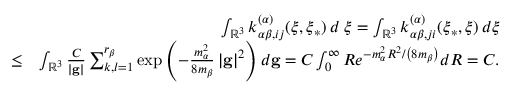
\begin{array} { r l r } & { } & { \int _ { \mathbb { R } ^ { 3 } } k _ { \alpha \beta , i j } ^ { \left( \alpha \right) } ( \boldsymbol { \xi } , \boldsymbol { \xi } _ { \ast } ) \, d \boldsymbol { \xi = } \int _ { \mathbb { R } ^ { 3 } } k _ { \alpha \beta , j i } ^ { \left( \alpha \right) } ( \boldsymbol { \xi } _ { \ast } , \boldsymbol { \xi } ) \, d \boldsymbol { \xi } } \\ & { \leq } & { \int _ { \mathbb { R } ^ { 3 } } \frac { C } { \left\vert \mathbf { g } \right\vert } \sum _ { k , l = 1 } ^ { r _ { \beta } } \exp \left( - \frac { m _ { \alpha } ^ { 2 } } { 8 m _ { \beta } } \left\vert \mathbf { g } \right\vert ^ { 2 } \right) d \mathbf { g } = C \int _ { 0 } ^ { \infty } R e ^ { - m _ { \alpha } ^ { 2 } R ^ { 2 } / \left( 8 m _ { \beta } \right) } d R = C \mathrm { . } } \end{array}